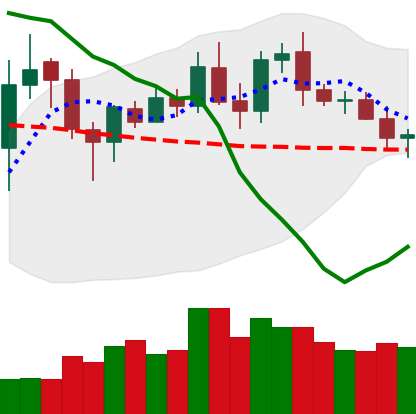
Ticker: DOGE-USD
Chart end date: 2020-01-24
Forward return: 5.009%
Label: up_5_7